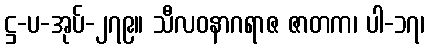
ဋ္ဌ-ပ-အုပ်-၂၇၉။ သီလဝနာဂရာဇ ဇာတက၊ ပါ-၁၇၊